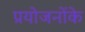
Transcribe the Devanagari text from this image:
प्रयोजनोंके